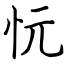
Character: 忨